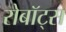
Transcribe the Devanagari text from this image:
रोबॉट्स